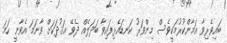
ބައިވެރިވާ އަމާންކުރުމަކީވެސް މިންވަރު ކަނޑައެޅިފައިވާ ބަދަލެއް ދެވޭ ޢަޤުދަކަށް ވާނަމަ އެވާނީ ހަމަ